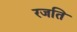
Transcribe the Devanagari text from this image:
रजति